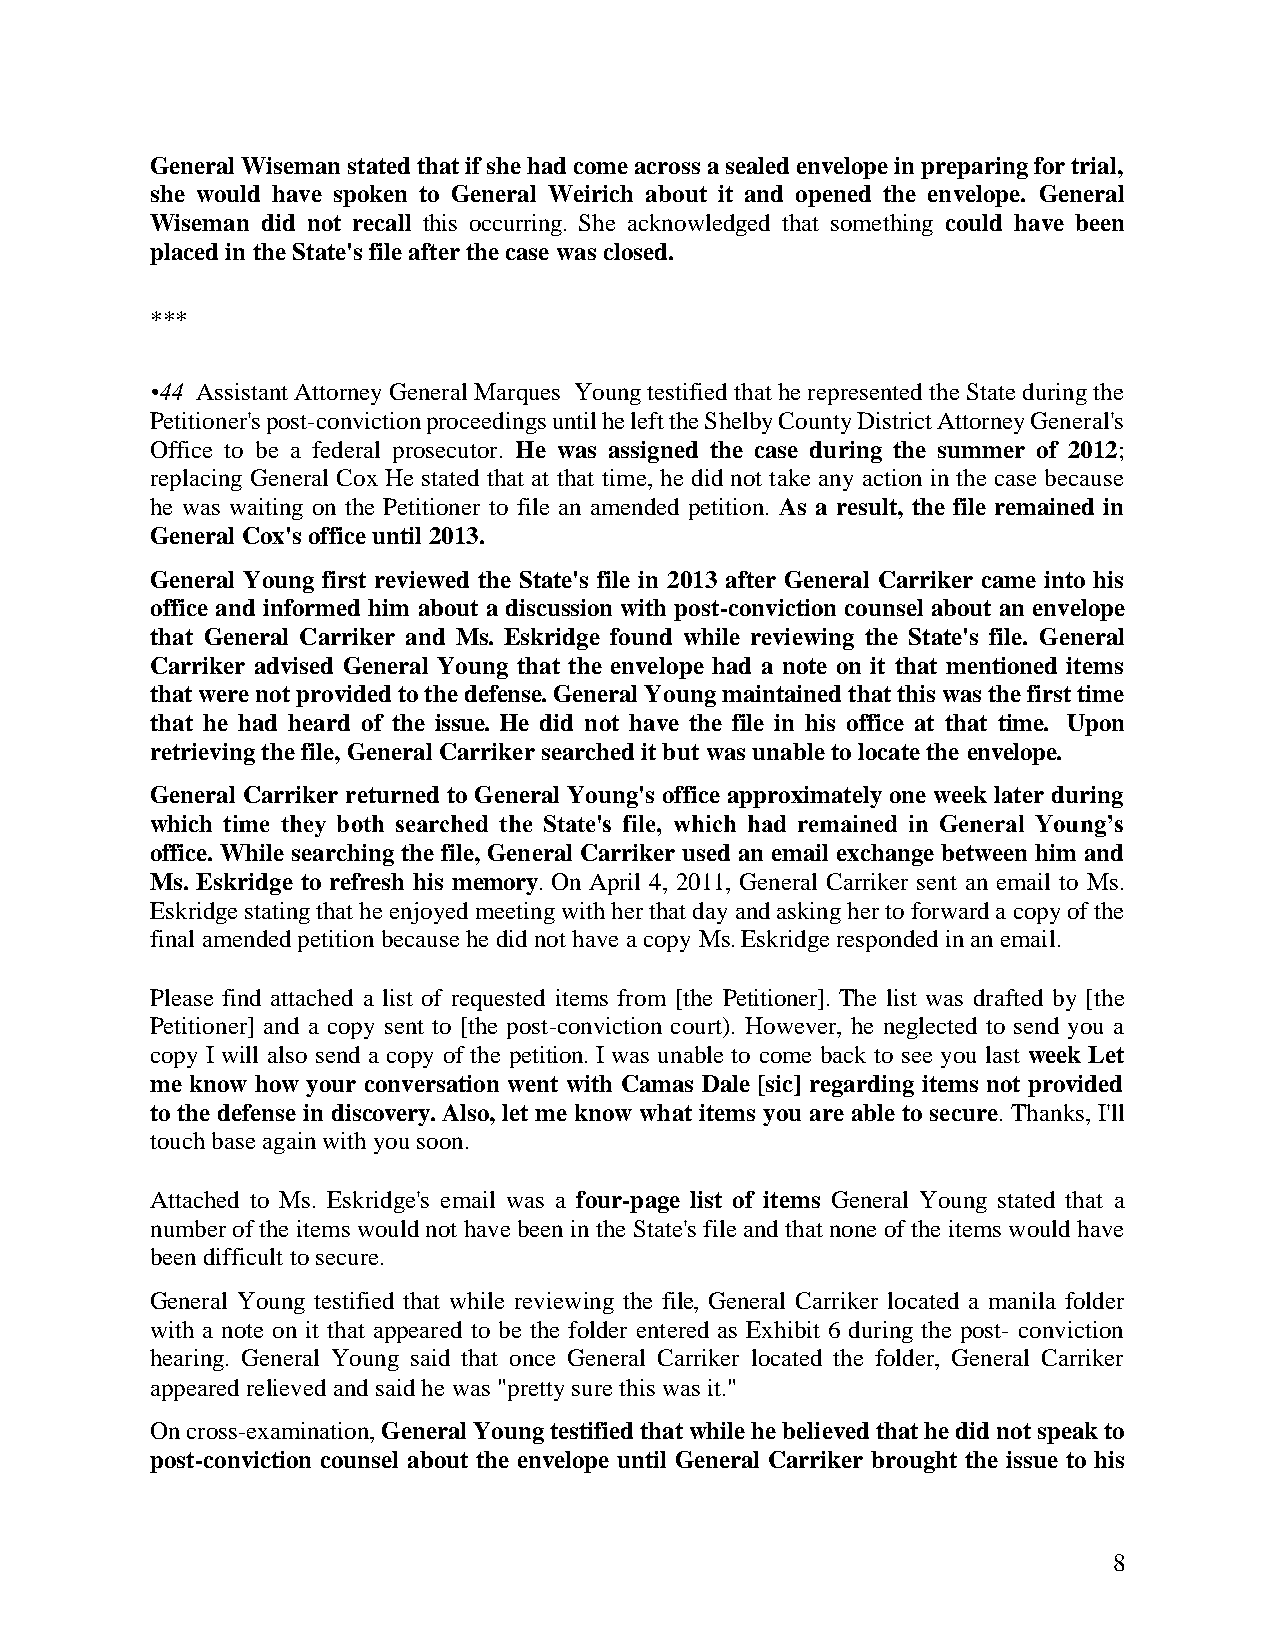
General Wiseman stated that if she had come across a sealed envelope in preparing for trial,
 she would have spoken to General Weirich about it and opened the envelope. General
 Wiseman did not recall this occurring. She acknowledged that something could have been
 placed in the State's file after the case was closed.
 ***
 •44 Assistant Attorney General Marques Young testified that he represented the State during the
 Petitioner's post-conviction proceedings until he left the Shelby County District Attorney General's
 Office to be a federal prosecutor. He was assigned the case during the summer of 2012;
 replacing General Cox He stated that at that time, he did not take any action in the case because
 he was waiting on the Petitioner to file an amended petition. As a result, the file remained in
 General Cox's office until 2013.
 General Young first reviewed the State's file in 2013 after General Carriker came into his
 office and informed him about a discussion with post-conviction counsel about an envelope
 that General Carriker and Ms. Eskridge found while reviewing the State's file. General
 Carriker advised General Young that the envelope had a note on it that mentioned items
 that were not provided to the defense. General Young maintained that this was the first time
 that he had heard of the issue. He did not have the file in his office at that time. Upon
 retrieving the file, General Carriker searched it but was unable to locate the envelope.
 General Carriker returned to General Young's office approximately one week later during
 which time they both searched the State's file, which had remained in General Young’s
 office. While searching the file, General Carriker used an email exchange between him and
 Ms. Eskridge to refresh his memory. On April 4, 2011, General Carriker sent an email to Ms.
 Eskridge stating that he enjoyed meeting with her that day and asking her to forward a copy of the
 final amended petition because he did not have a copy Ms. Eskridge responded in an email.
 Please find attached a list of requested items from [the Petitioner]. The list was drafted by [the
 Petitioner] and a copy sent to [the post-conviction court). However, he neglected to send you a
 copy I will also send a copy of the petition. I was unable to come back to see you last week Let
 me know how your conversation went with Camas Dale [sic] regarding items not provided
 to the defense in discovery. Also, let me know what items you are able to secure. Thanks, I'll
 touch base again with you soon.
 Attached to Ms. Eskridge's email was a four-page list of items General Young stated that a
 number of the items would not have been in the State's file and that none of the items would have
 been difficult to secure.
 General Young testified that while reviewing the file, General Carriker located a manila folder
 with a note on it that appeared to be the folder entered as Exhibit 6 during the post conviction
 hearing. General Young said that once General Carriker located the folder, General Carriker
 appeared relieved and said he was "pretty sure this was it."
 On cross-examination, General Young testified that while he believed that he did not speak to
 post-conviction counsel about the envelope until General Carriker brought the issue to his
 8